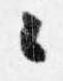
々